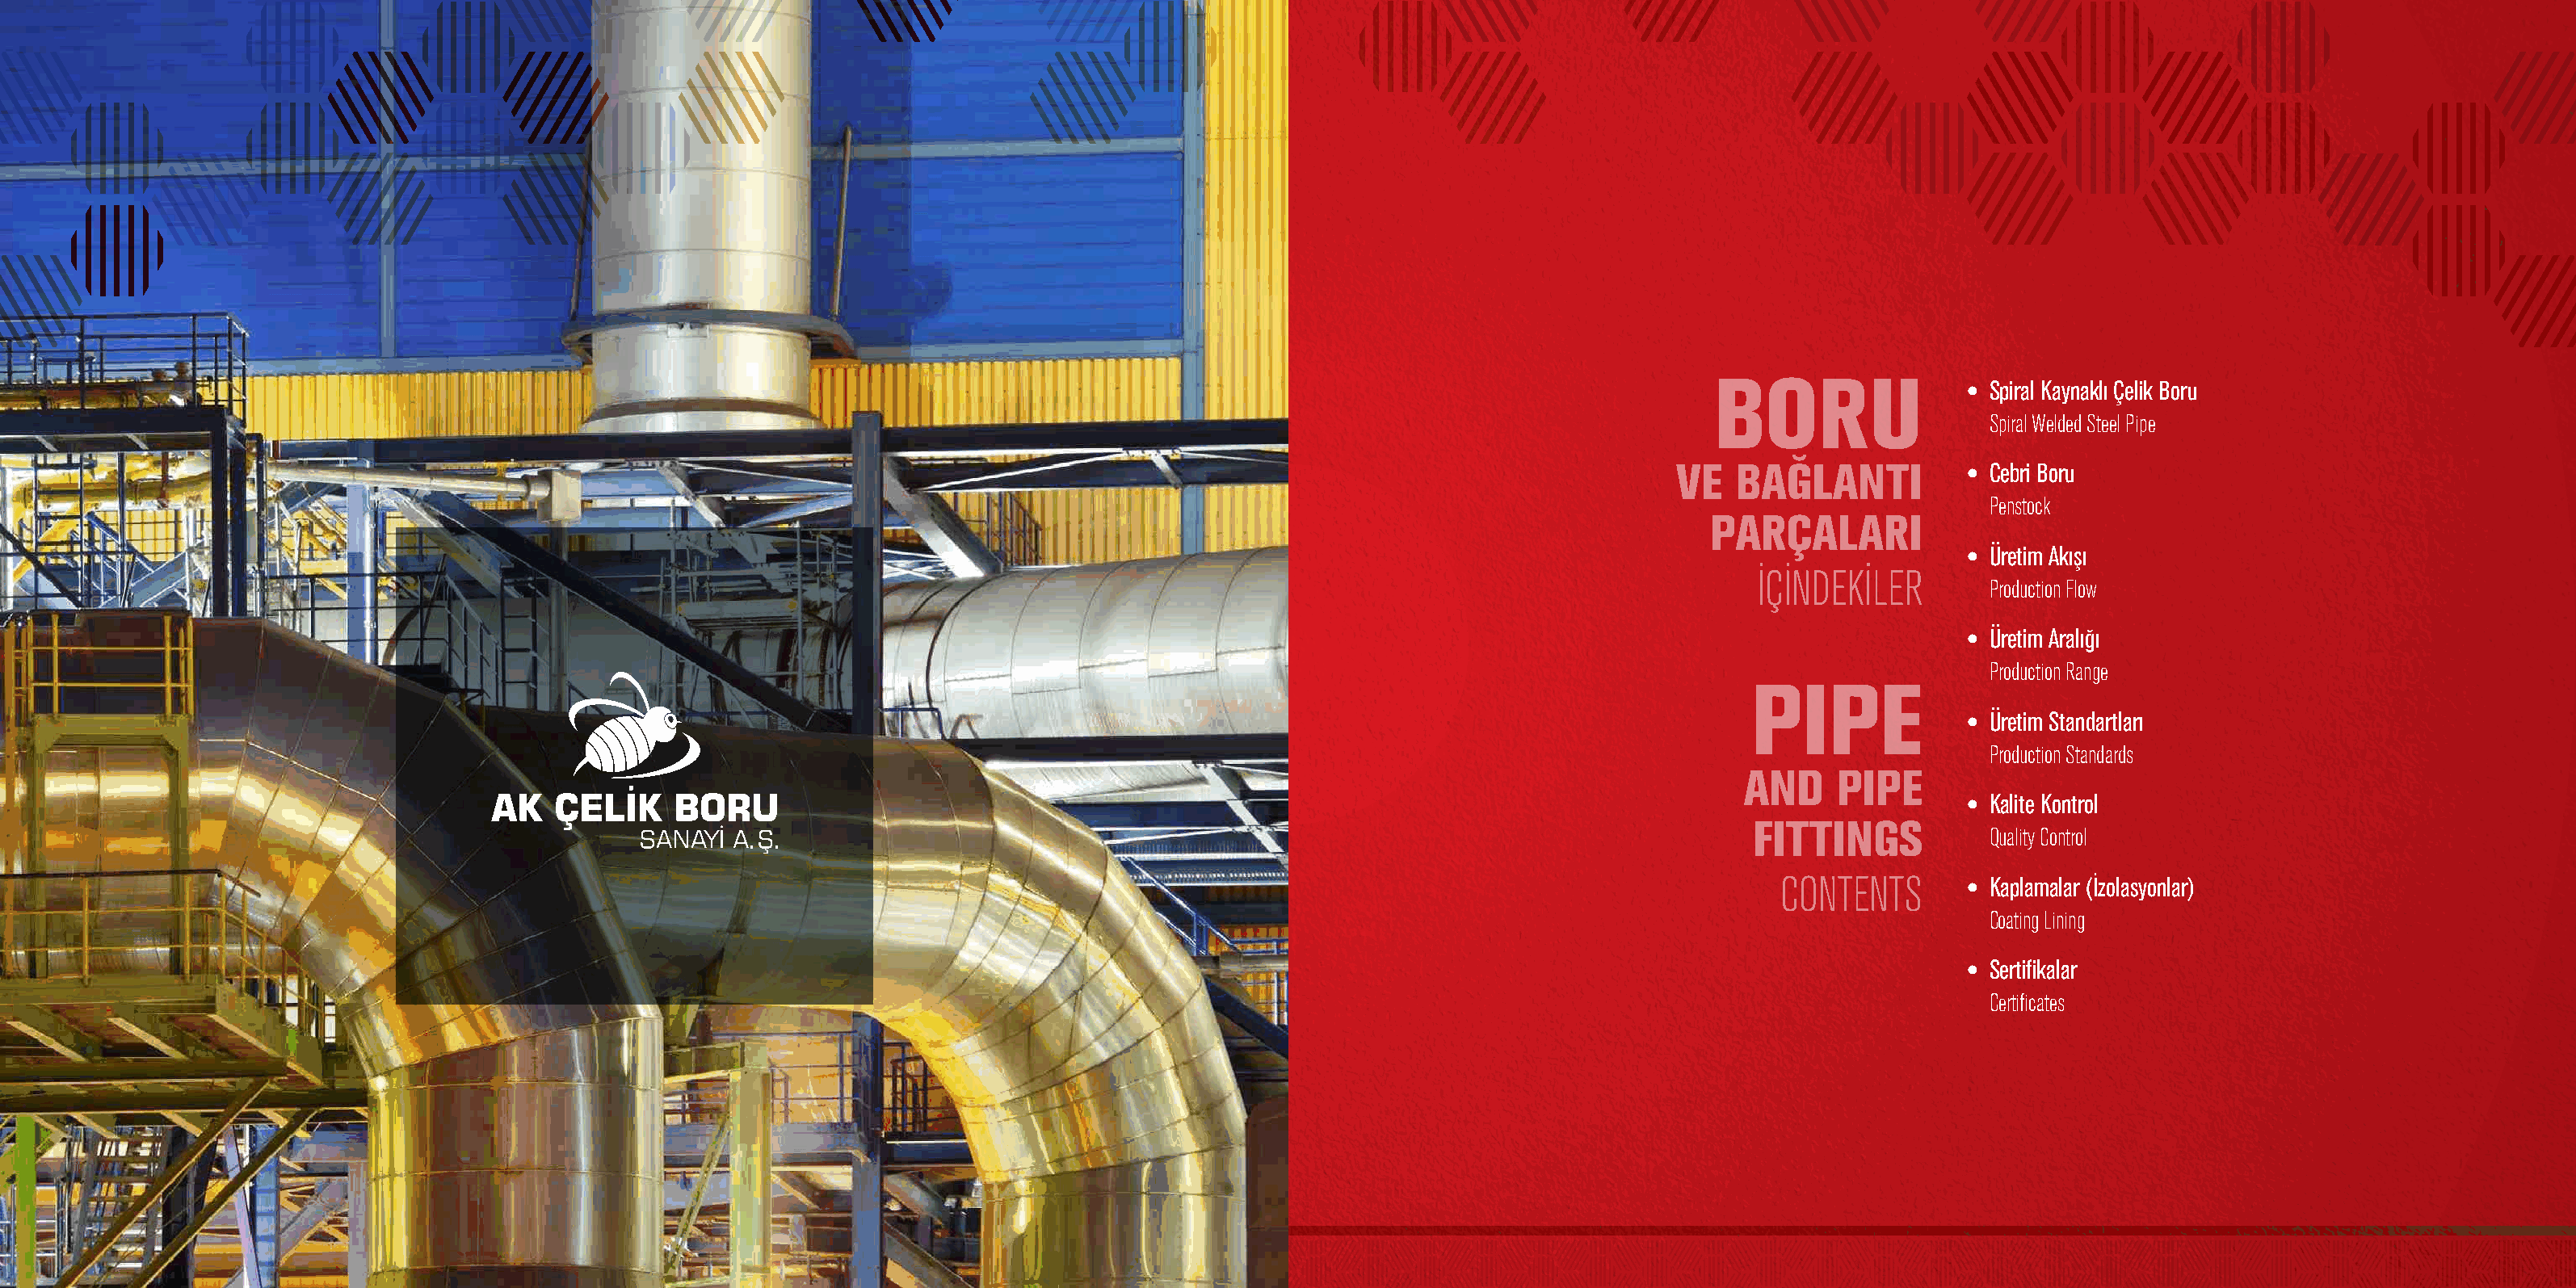
BORU                 • Spiral Kaynaklı Çelik Boru
 Spiral Welded Steel Pipe
 VE   BAĞLANTI           • Cebri Boru
 Penstock
 PARÇALARI
 • Üretim Akışı
 İÇİNDEKİLER
 Production Flow
 • Üretim Aralığı
 Production Range
 PIPE
 • Üretim Standartları
 Production Standards
 AND     PIPE
 • Kalite Kontrol
 FITTINGS
 Quality Control
 CONTENTS       • Kaplamalar (İzolasyonlar)
 Coating Lining
 • Sertifikalar
 Certificates